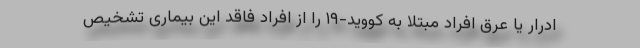
ادرار یا عرق افراد مبتلا به کووید-۱۹ را از افراد فاقد این بیماری تشخیص